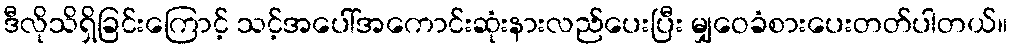
ဒီလိုသိရှိခြင်းကြောင့် သင့်အပေါ်အကောင်းဆုံးနားလည်ပေးပြီး မျှဝေခံစားပေးတတ်ပါတယ်။